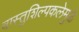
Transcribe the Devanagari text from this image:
वास्तुशिल्पकलेमुळे